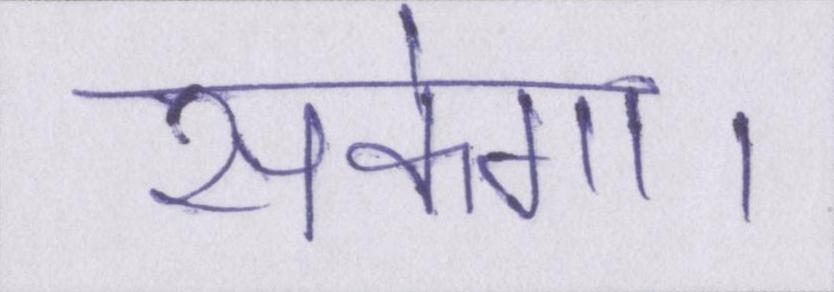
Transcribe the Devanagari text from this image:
सकेगा।